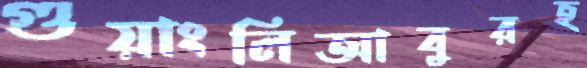
গুয়াংলিআবুরহ